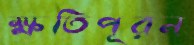
ক্ষতিপূরন